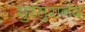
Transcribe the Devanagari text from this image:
सुरसुरानंद